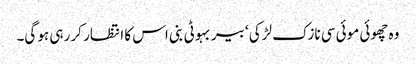
وہ چھوئی موئی سی نازک لڑکی ‘ بیر بہوٹی بنی اس کا انتظار کر رہی ہو گی۔